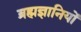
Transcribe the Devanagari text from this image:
ब्रह्मज्ञानियों